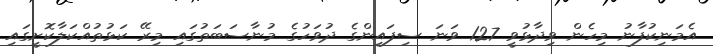
އެމަނިކުފާނު މިހެން ވިދާޅުވީ 127 ވަނަ ސިފައިންގެ ދުވަހުގެ މުނާސަބަތުގައި މިރޭ ކަޅުތުއްކަލާކޮށީގައި